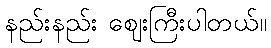
နည်းနည်း ဈေးကြီးပါတယ်။